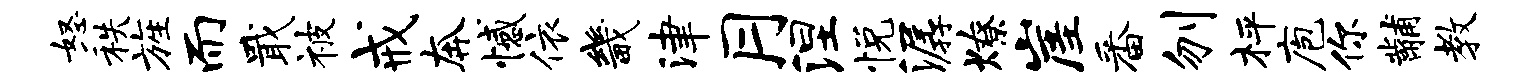
怒秩旌而戢被戒奔憾依畿津月涅悦潺燎崖番刎枰庖你黼教